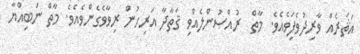
އަޘަރެއް ވާރިދުވެފަިވެއެވެ. މާތް  ރުއްސުންލެއްވި ޤަތާދާ އަރިހުން ރިވާވެގެންވެއެވެ. މާތް ނަބިއްޔާ